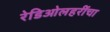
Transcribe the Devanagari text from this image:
रेडिओलहरींचा